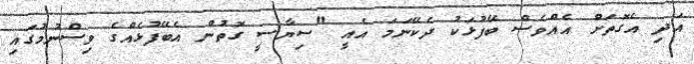
އަދި އެގޮތަށް އެއްވެސް ބޭފުޅަކު ދެކޭނަމަ އެއީ "ސިޔާސީ ގޮތުން އެބޭފުޅެއްގެ ވިސްނުމުގައި